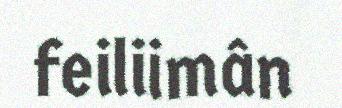
feiliimân